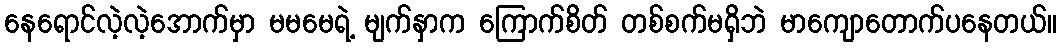
နေရောင်လဲ့လဲ့အောက်မှာ မမမေရဲ့ မျက်နှာက ကြောက်စိတ် တစ်စက်မရှိဘဲ မာကျောတောက်ပနေတယ်။